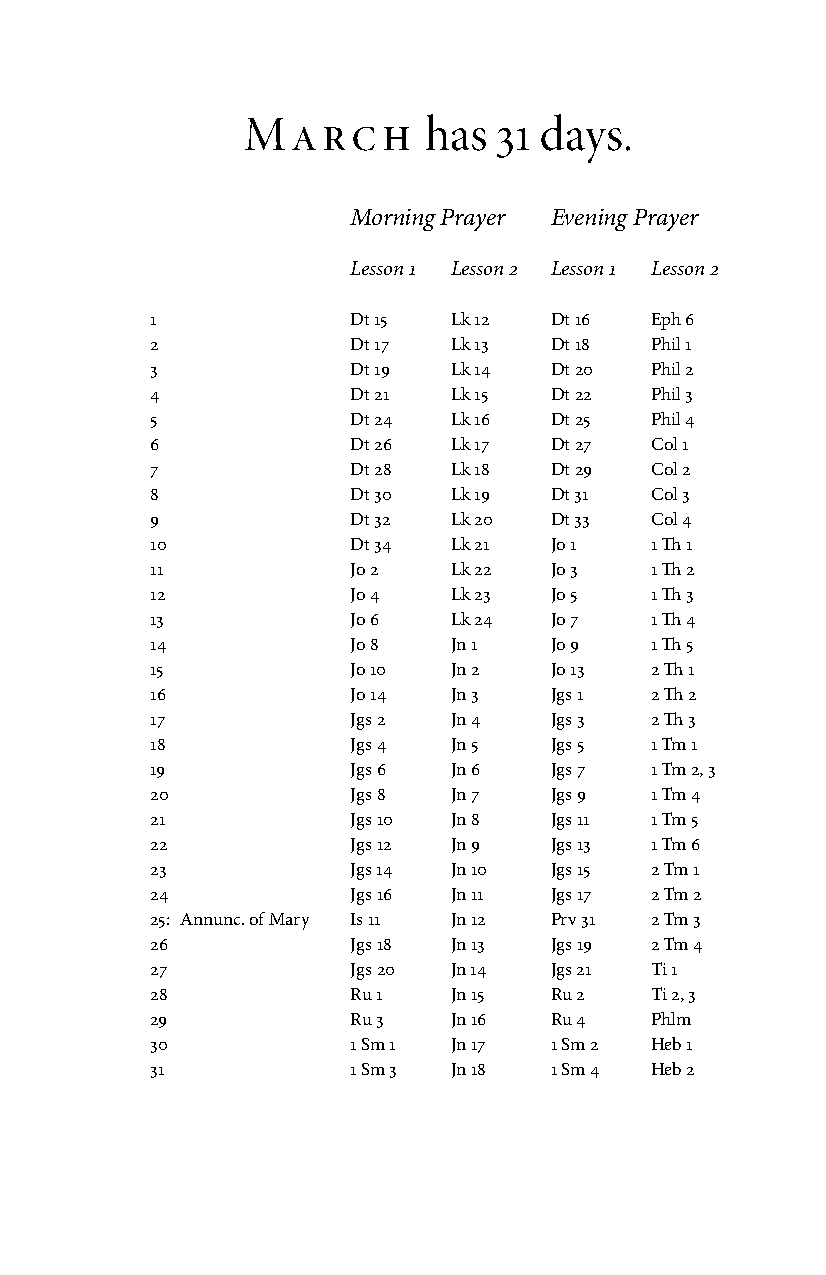
March       has  31 days.
 Morning Prayer Evening Prayer
 Lesson 1 Lesson 2 Lesson 1 Lesson 2
 1            Dt 15  Lk 12 Dt 16  Eph 6
 2            Dt 17  Lk 13 Dt 18  Phil 1
 3            Dt 19  Lk 14 Dt 20  Phil 2
 4            Dt 21  Lk 15 Dt 22  Phil 3
 5            Dt 24  Lk 16 Dt 25  Phil 4
 6            Dt 26  Lk 17 Dt 27  Col 1
 7            Dt 28  Lk 18 Dt 29  Col 2
 8            Dt 30  Lk 19 Dt 31  Col 3
 9            Dt 32  Lk 20 Dt 33  Col 4
 10           Dt 34  Lk 21 Jo 1   1 Th 1
 11           Jo 2   Lk 22 Jo 3   1 Th 2
 12           Jo 4   Lk 23 Jo 5   1 Th 3
 13           Jo 6   Lk 24 Jo 7   1 Th 4
 14           Jo 8   Jn 1  Jo 9   1 Th 5
 15           Jo 10  Jn 2  Jo 13  2 Th 1
 16           Jo 14  Jn 3  Jgs 1  2 Th 2
 17           Jgs 2  Jn 4  Jgs 3  2 Th 3
 18           Jgs 4  Jn 5  Jgs 5  1 Tm 1
 19           Jgs 6  Jn 6  Jgs 7  1 Tm 2, 3
 20           Jgs 8  Jn 7  Jgs 9  1 Tm 4
 21           Jgs 10 Jn 8  Jgs 11 1 Tm 5
 22           Jgs 12 Jn 9  Jgs 13 1 Tm 6
 23           Jgs 14 Jn 10 Jgs 15 2 Tm 1
 24           Jgs 16 Jn 11 Jgs 17 2 Tm 2
 25: Annunc. of Mary Is 11 Jn 12 Prv 31 2 Tm 3
 26           Jgs 18 Jn 13 Jgs 19 2 Tm 4
 27           Jgs 20 Jn 14 Jgs 21 Ti 1
 28           Ru 1   Jn 15 Ru 2   Ti 2, 3
 29           Ru 3   Jn 16 Ru 4   Phlm
 30           1 Sm 1 Jn 17 1 Sm 2 Heb 1
 31           1 Sm 3 Jn 18 1 Sm 4 Heb 2